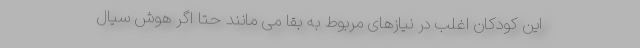
این کودکان اغلب در نیازهای مربوط به بقا می مانند حتا اگر هوش سیال